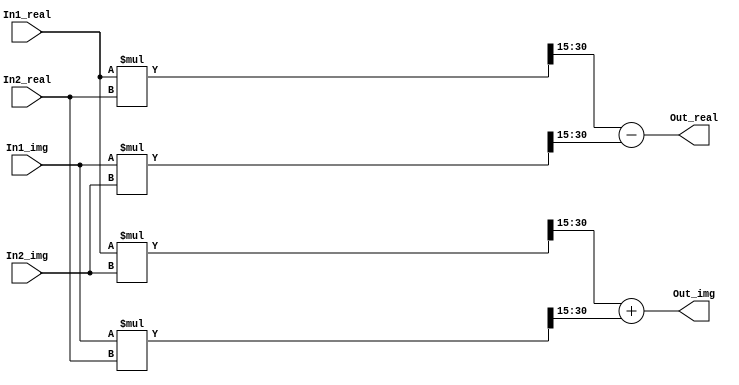
`timescale 1ns / 1ps



module ComplexMultiply(
    
    In1_real,
    In1_img,
    In2_real,
    In2_img,
    Out_real,
    Out_img
    
);

    parameter WIDTH = 16;
    
    input  signed [WIDTH-1 : 0] In1_real , In1_img;
    input  signed [WIDTH-1 : 0] In2_real , In2_img;
    output signed [WIDTH-1 : 0] Out_real , Out_img;
    
    //Temporary variables to hold intermediate variables
    
    wire signed [2*WIDTH-1 : 0] temp1 , temp2 , temp3 , temp4;
    wire signed [WIDTH-1 : 0]   temp_scaled1 , temp_scaled2 , temp_scaled3 , temp_scaled4;
    
    // Signed Multiplication
    
    assign temp1 = In1_real * In2_real;
    assign temp2 = In1_real * In2_img;
    assign temp3 = In1_img  * In2_real;
    assign temp4 = In1_img  * In2_img;
    
    // Scaling
    
    assign temp_scaled1 = temp1 >>> (WIDTH - 1);
    assign temp_scaled2 = temp2 >>> (WIDTH - 1); 
    assign temp_scaled3 = temp3 >>> (WIDTH - 1);
    assign temp_scaled4 = temp4 >>> (WIDTH - 1);
    
    //Final values
    assign Out_real = temp_scaled1 - temp_scaled4;    //minus sign because j^2 = -1
    assign Out_img  = temp_scaled2 + temp_scaled3;
    
endmodule